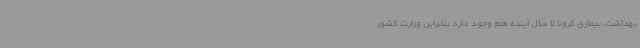
بهداشت، بیماری کرونا تا سال آینده هم وجود دارد بنابراین وزارت کشور